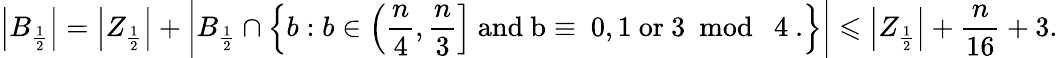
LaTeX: \left|B_{\frac{1}{2}}\right|=\left|Z_{\frac{1}{2}}\right|+\bigg|B_{\frac{1}{2}}\cap\left\{ b:b\in\left(\frac{n}{4},\frac{n}{3}\right]\mathrm{~and~b\equiv~0,1~or~3\! \! \! \! \mod~4~.}\right\} \bigg|\leqslant\left|Z_{\frac{1}{2}}\right|+\frac{n}{16}+3.